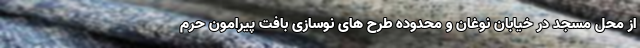
از محل مسجد در خیابان نوغان و محدوده طرح های نوسازی بافت پیرامون حرم